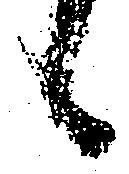
候